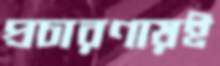
প্রচারণায়ই